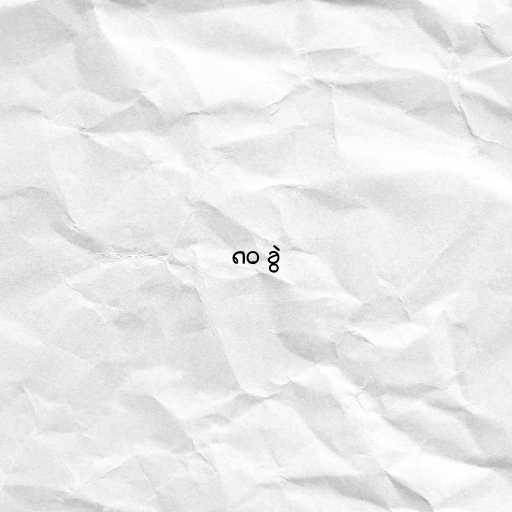
၈၀ ခွဲ